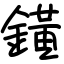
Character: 鐄